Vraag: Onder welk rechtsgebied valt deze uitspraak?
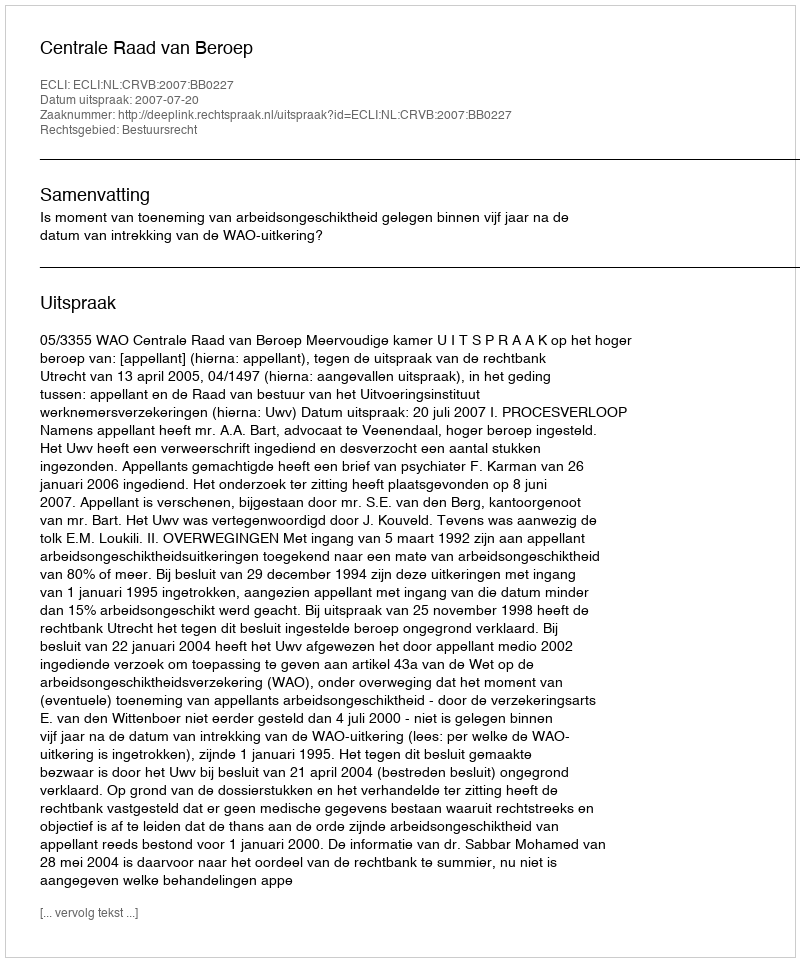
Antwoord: Bestuursrecht